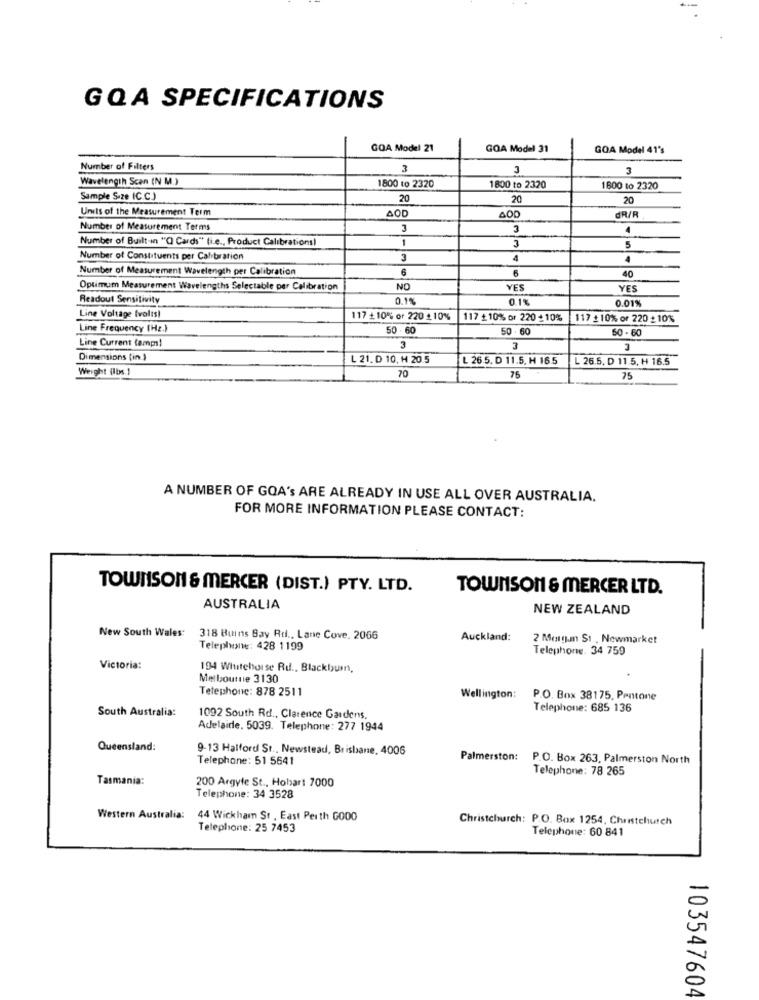
GQA SPECIFICATIONS
GOA Model 21
GOA Model 31
GOA Model 41's
Number of Filters
3
3
Wavelength Scan (N M.)
1800 to 2320
1800 to 2320
1600 to 2320
Sample Size IC.C.)
20
20
20
Units of the Measurement Term
AOD
dR/R
Number of Measurement Terms
3
3
Number of Built-in "( Cards" (i.e ., Product Calibrations)
1
3
5
Number of Constituents per Calibration
3
1
Number of Measurement Wavelength per Calibration
6
40
Optimum Measurement Wavelengths Selectable per Calibration
NO
YES
YES
Readout Sensitivity
0.1%
0.1%
0.01%
Line Voltage tvolis!
117 +10%% or 220 210%
117 + 10% or 220 + 10%
117 +10% or 220 +10%
Line Frequency (Hz.)
50 - 60
50 .60
60 - 60
Line Current (amps!
3
Dimensions (in )
L 21. D 10, H 20.5
L 26.5. D 11.5. H 16.5
L 26.5, D 11.5, H 16.5
Weight (lbs.]
70
75
75
A NUMBER OF GOA's ARE ALREADY IN USE ALL OVER AUSTRALIA.
FOR MORE INFORMATION PLEASE CONTACT:
TOWNSON & MERCER (DIST.) PTY. LTD.
TOWNSON & MERCER LTD.
AUSTRALIA
NEW ZEALAND
New South Wales: 318 Buins Bay Rd ., Lane Cove. 2066
Auckland:
2 Morgan St , Newmarket
Telephone: 428 1199
Telephone. 34 759
Victoria:
194 Whitehorse Ruf ., Blackburn,
Melbourne 3130
Telephone: 878 2511
Wellington: P.O. Box 38175, Pentone
South Australia:
Telephone: 685 136
1092 South Rd ., Clarence Gardens,
Adelaide. 5039. Telephone: 277 1944
Queensland:
9-13 Halford St ., Newstead, Brisbane, 4006
Telephone: 51 5641
Palmerston: P.O. Box 263, Palmerston North
Telephone: 78 265
Tasmania:
200 Argyle St ., Hohar: 7000
Telephone: 34 3528
Western Australia:
44 Wickham St . East Perth GOOD
Christchurch: P.O. Box 1254, Christchurch
Telephone: 25 7453
Telephone: 60 841
103547604